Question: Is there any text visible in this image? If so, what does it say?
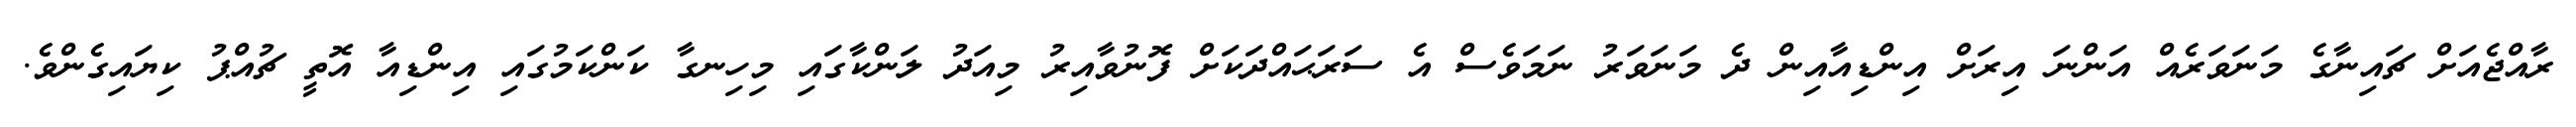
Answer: ރާއްޖެއަށް ޗައިނާގެ މަނަވަރެއް އަންނަ އިރަށް އިންޑިއާއިން ދެ މަނަވަރު ނަމަވެސް އެ ސަރަޙައްދަކަށް ފޮނުވާއިރު މިއަދު ލަންކާގައި މިހިނގާ ކަންކަމުގައި އިންޑިއާ އޮތީ ޗުއްޕު ކިޔައިގެންވެ.